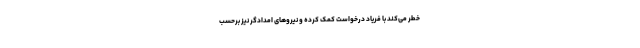
خطر می‌کند با فریاد درخواست کمک کرده و نیرو‌های امدادگر نیز برحسب